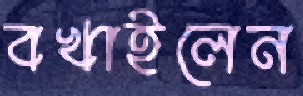
বখাইলেন